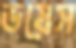
ডয়েস